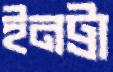
ইনট্রা